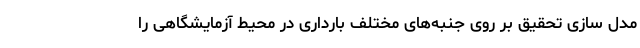
مدل سازی تحقیق بر روی جنبه‌های مختلف بارداری در محیط آزمایشگاهی را